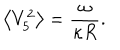
\left< V _ { 5 } ^ { 2 } \right> = \frac { \omega } { \kappa R } .